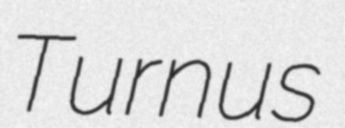
Turnus